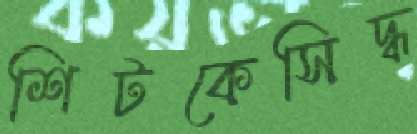
শিটকেসিদ্ধ